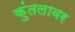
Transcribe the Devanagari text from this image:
कुंतलावर